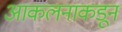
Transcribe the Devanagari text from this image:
आकलनाकडून